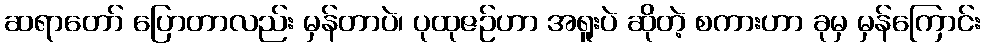
ဆရာတော် ပြောတာလည်း မှန်တာပဲ၊ ပုထုဇဉ်ဟာ အရူးပဲ ဆိုတဲ့ စကားဟာ ခုမှ မှန်ကြောင်း